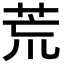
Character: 荒